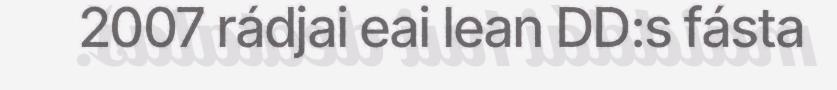
2007 rádjai eai lean DD:s fásta